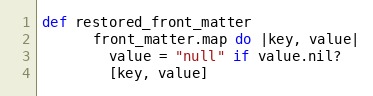
Language: Ruby
def restored_front_matter
      front_matter.map do |key, value|
        value = "null" if value.nil?
        [key, value]